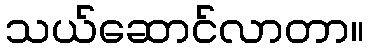
သယ်ဆောင်လာတာ။